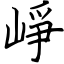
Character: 崢